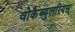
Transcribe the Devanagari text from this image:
वोकैब्युलरियस्